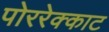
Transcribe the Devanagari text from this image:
पोररेक्काट